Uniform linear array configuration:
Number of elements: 4
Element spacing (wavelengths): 0.25
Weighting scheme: kaiser
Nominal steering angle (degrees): -45
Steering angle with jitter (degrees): -46.656
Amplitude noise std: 0.05
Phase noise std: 0.05

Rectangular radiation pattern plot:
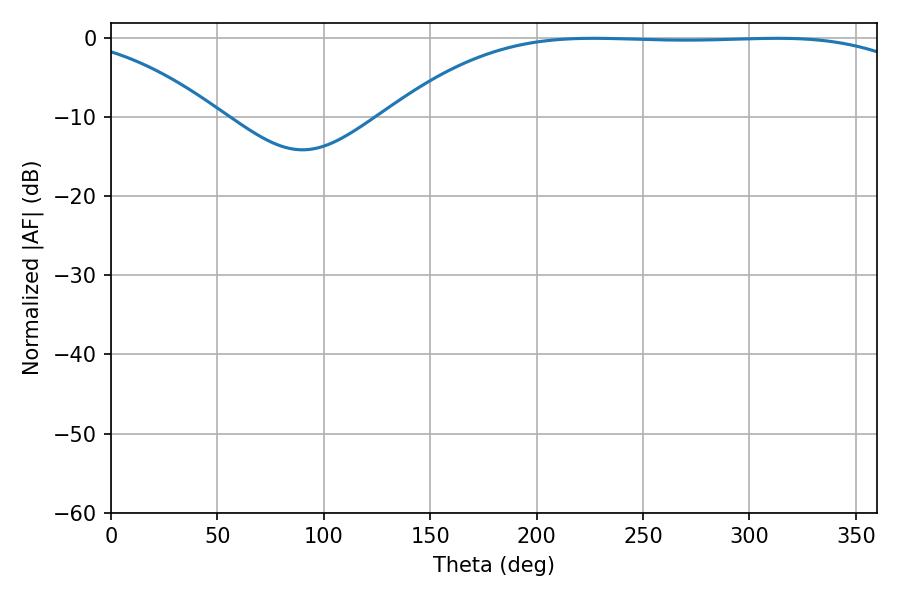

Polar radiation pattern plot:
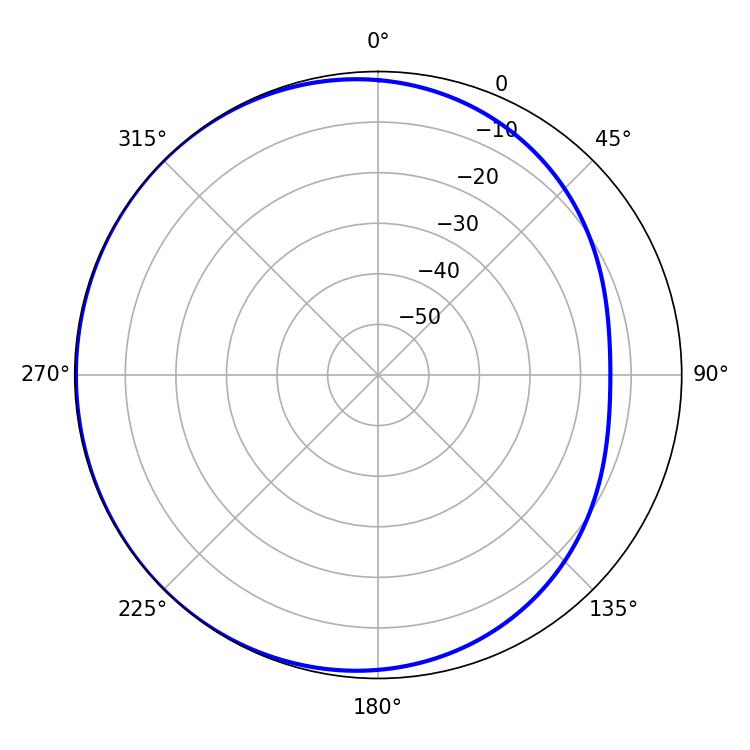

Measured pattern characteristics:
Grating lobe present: FALSE
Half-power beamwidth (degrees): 192.78
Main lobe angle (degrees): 226.8